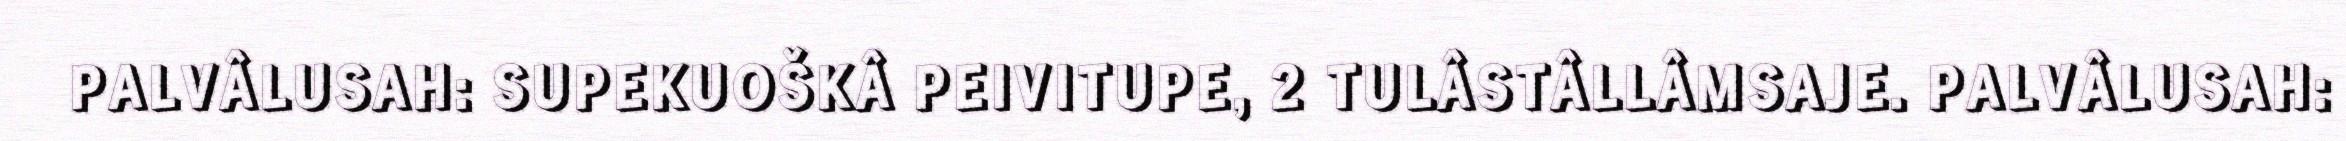
PALVÂLUSAH: SUPEKUOŠKÂ PEIVITUPE, 2 TULÂSTÂLLÂMSAJE. PALVÂLUSAH: